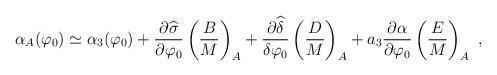
LaTeX: \begin{align*}\alpha_A (\varphi_0) \simeq \alpha_3 (\varphi_0) +{\partial\widehat\sigma \over \partial\varphi_0} \left({B\over M}\right)_A+ {\partial\widehat\delta \over \delta\varphi_0} \left({D\over M}\right)_A+ a_3 {\partial\alpha\over \partial\varphi_0} \left({E\over M}\right)_A\ ,\end{align*}